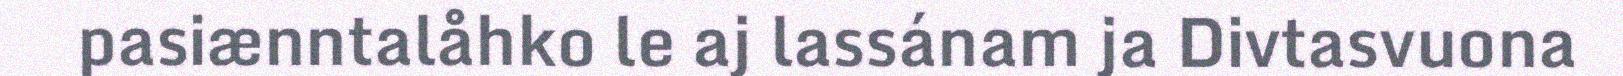
pasiænntalåhko le aj lassánam ja Divtasvuona